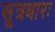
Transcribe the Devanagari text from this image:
सूत्रधारः